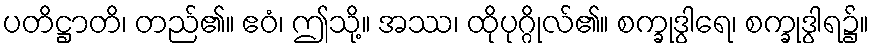
ပတိဋ္ဌာတိ၊ တည်၏။ ဧဝံ၊ ဤသို့။ အဿ၊ ထိုပုဂ္ဂိုလ်၏။ စက္ခုဒွါရေ၊ စက္ခုဒွါရ၌။